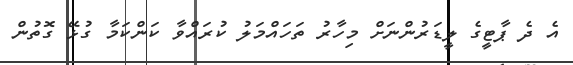
އެ ދެ ޕާޓީގެ ލީޑަރުންނަށް މިހާރު ތަހައްމަލު ކުރައްވާ ކަންކަމާ ގުޅޭ ގޮތުން